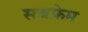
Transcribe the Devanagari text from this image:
सबफ्रेम